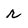
Character: r